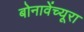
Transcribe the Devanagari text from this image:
बोनावेंच्यूरा